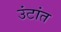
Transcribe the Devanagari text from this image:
उंटांत